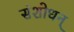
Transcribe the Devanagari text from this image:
संशोधन्